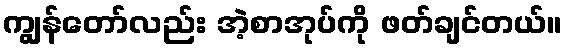
ကျွန်တော်လည်း အဲ့စာအုပ်ကို ဖတ်ချင်တယ်။